Elephants and their diseases
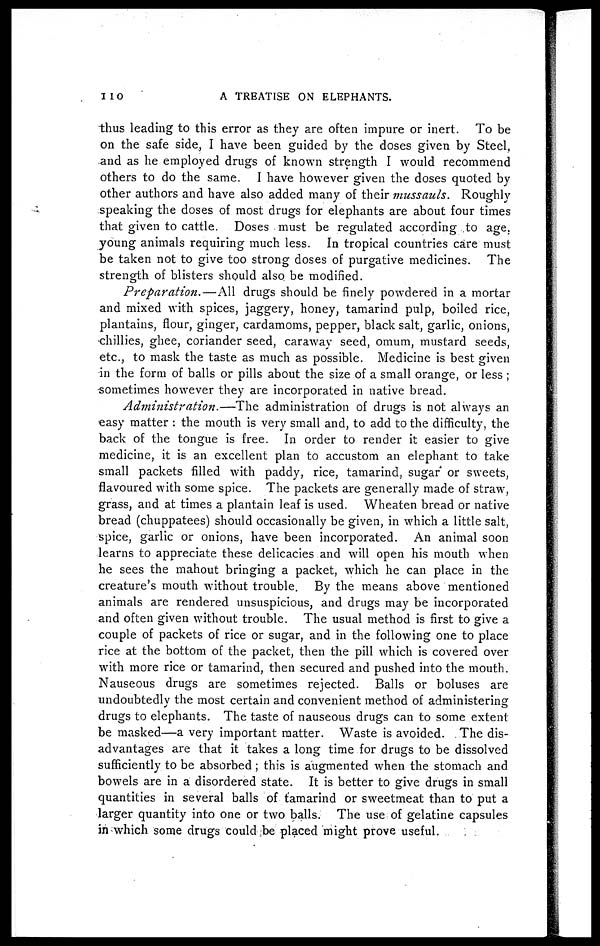
110
A TREATISE ON ELEPHANTS.
thus leading to this error as they are often impure or inert. To be
on the safe side, I have been guided by the doses given by Steel,
and as he employed drugs of known strength I would recommend
others to do the same. I have however given the doses quoted by
other authors and have also added many of their mussauls. Roughly
speaking the doses of most drugs for elephants are about four times
that given to cattle. Doses must be regulated according to age.
young animals requiring much less. In tropical countries care must
be taken not to give too strong doses of purgative medicines. The
strength of blisters should also be modified.
Preparation.—All
drugs should be finely powdered in a mortar
and mixed with spices, jaggery, honey, tamarind pulp, boiled rice,
plantains, flour, ginger, cardamoms, pepper, black salt, garlic, onions,
chillies, ghee, coriander seed, caraway seed, omum, mustard seeds,
etc., to mask the taste as much as possible. Medicine is best given
in the form of balls or pills about the size of a small orange, or less ;
sometimes however they are incorporated in native bread.
Administration.—The
administration of drugs is not always an
easy matter : the mouth is very small and, to add to the difficulty, the
back of the tongue is free. In order to render it easier to give
medicine, it is an excellent plan to accustom an elephant to take
small packets filled with paddy, rice, tamarind, sugar or sweets,
flavoured with some spice. The packets are generally made of straw,
grass, and at times a plantain leaf is used. Wheaten bread or native
bread (chuppatees) should occasionally be given, in which a little salt,
spice, garlic or onions, have been incorporated. An animal soon
learns to appreciate these delicacies.and will open his mouth when
he sees the mahout bringing a packet, which he can place in the
creature's mouth without trouble. By the means above mentioned
animals are rendered unsuspicious, and drugs may be incorporated
and often given without trouble. The usual method is first to give a
couple of packets of rice or sugar, and in the following one to place
rice at the bottom of the packet, then the pill which is covered over
with more rice or tamarind, then secured and pushed into the mouth.
Nauseous drugs are sometimes rejected. Balls or boluses are
undoubtedly the most certain and convenient method of administering
drugs to elephants. The taste of nauseous drugs can to some extent
be masked—a very important matter. Waste is avoided. The dis-
advantages are that it takes a long time for drugs to be dissolved
sufficiently to be absorbed ; this is augmented when the stomach and
bowels are in a disordered state. It is better to give drugs in small
quantities in several balls of tamarind or sweetmeat than to put a
larger quantity into one or two balls. The use of gelatine capsules
in which some drugs could be placed might prove useful.